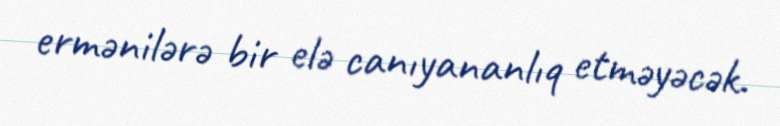
ermənilərə bir elə canıyananlıq etməyəcək.